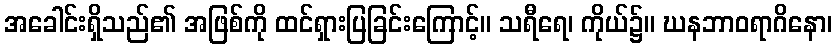
အခေါင်းရှိသည်၏ အဖြစ်ကို ထင်ရှားပြခြင်းကြောင့်။ သရီရေ၊ ကိုယ်၌။ ဃနဘာဝရာဂိနော၊